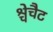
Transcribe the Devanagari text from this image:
श्चेचैट